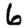
Digit: 6